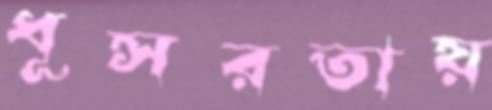
ধূসরতায়